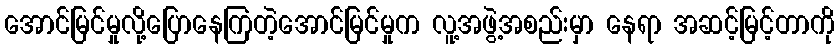
အောင်မြင်မှုလို့ပြောနေကြတဲ့အောင်မြင်မှုက လူ့အဖွဲ့အစည်းမှာ နေရာ အဆင့်မြင့်တာကို